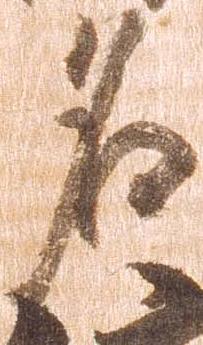
名